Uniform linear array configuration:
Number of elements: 32
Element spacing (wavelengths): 0.5
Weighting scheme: uniform
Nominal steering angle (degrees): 0
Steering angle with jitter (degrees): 1.197
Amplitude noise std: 0.05
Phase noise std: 0.05

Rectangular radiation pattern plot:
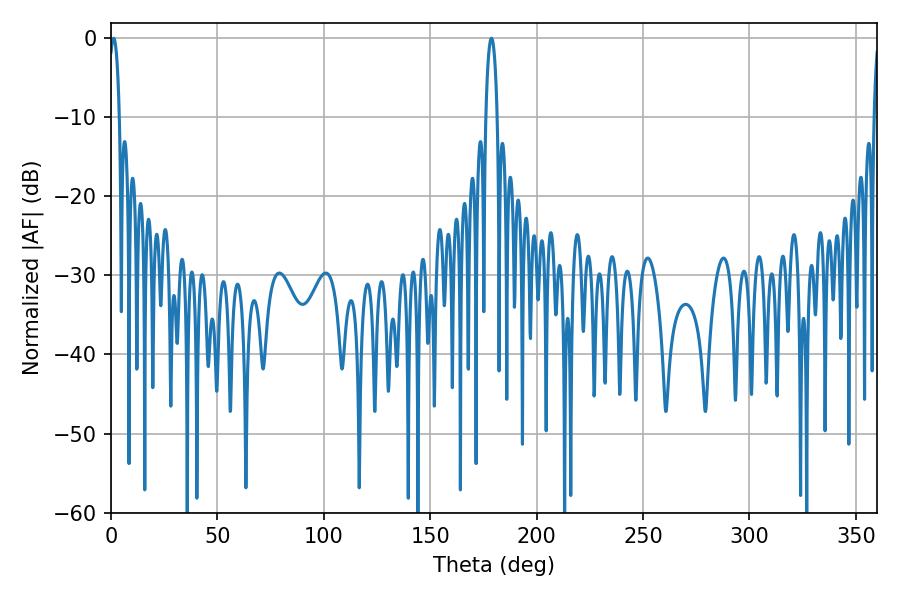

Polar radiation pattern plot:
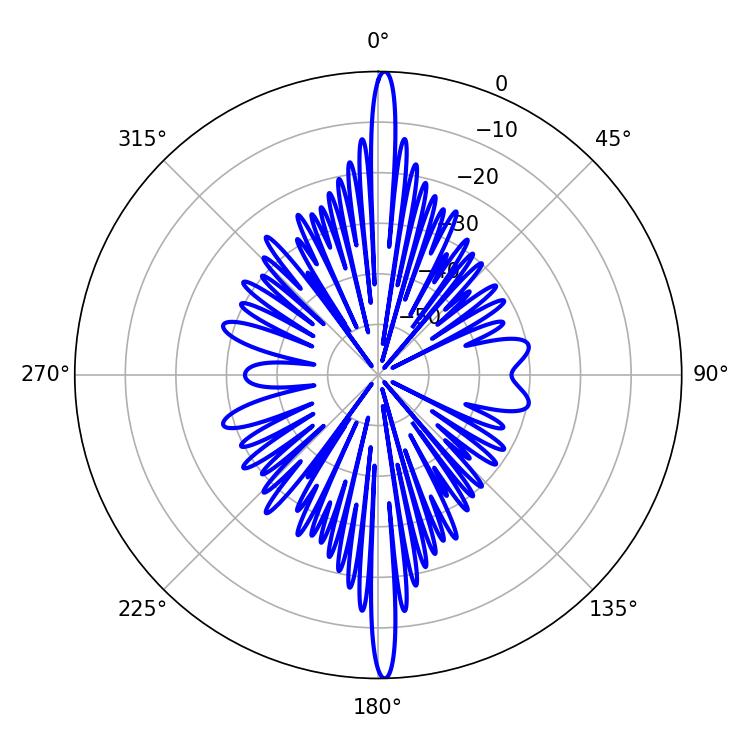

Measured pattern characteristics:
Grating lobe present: FALSE
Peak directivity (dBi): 29.479
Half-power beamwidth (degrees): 2.7
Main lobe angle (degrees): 1.26